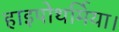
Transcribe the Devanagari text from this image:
हाइपोथर्मिया।